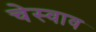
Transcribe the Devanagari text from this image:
चेस्वाव